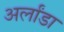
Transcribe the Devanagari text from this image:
अर्लांडा